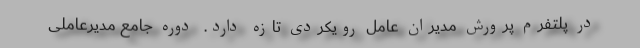
در پلتفرم پرورش مدیران عامل رویکردی تازه دارد.  دوره جامع مدیرعاملی